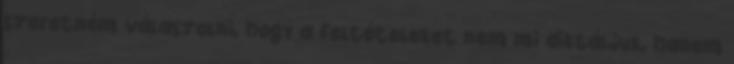
szeretném válaszolni, hogy a feltételeket nem mi diktáljuk, hanem